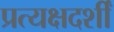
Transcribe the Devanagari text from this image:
प्रत्यक्षदर्शीं